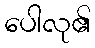
ပေါလု၏